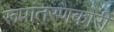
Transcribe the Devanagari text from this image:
रूपांतरणकारी